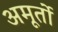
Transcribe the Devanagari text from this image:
अमूर्तो